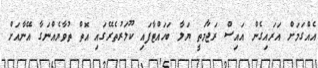
އެއްގަމަށް އަރައިގެން އައިސް ރަޖާމަތީ ޔަލާ ބަހައްޓާފައި ކޫލަރުތެރޭގައި އޮތް ތުވާޔެއްނަގާ އޭނާއަށް